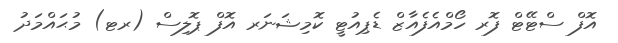
އޮފް ސްޓޭޓް ފޮރ ހޯމްއެފެއާޒް ޑެޕިއުޓީ ކޮމިޝަނަރ އޮފް ޕޮލިސް (ރޓ) މުޙައްމަދު